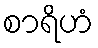
စာရိဟံ